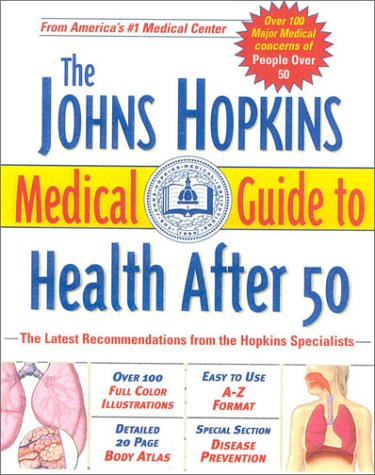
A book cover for The Johns Hopkins Medical Guide to Health After 50; Simeon Margolis; Health, Fitness & Dieting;